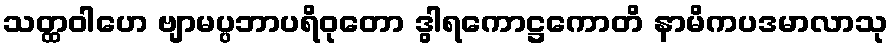
သတ္ထဝါဟေ ဗျာမပ္ပဘာပရိဝုတော ဒွါရကောဋ္ဌကောတိ နာမိကပဒမာလာသု